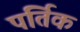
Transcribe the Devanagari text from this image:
पर्तिक